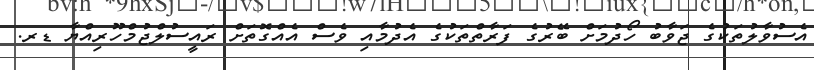
އެސުވާލުތަކުގެ ޖަވާބު ހޯދުމަށް ބޭރުގެ ފަރާތްތަކުގެ އެދުމާއި ވެސް އެއްގޮތަށް ރައީސުލްޖުމްހޫރިއްޔާ ޑރ.